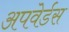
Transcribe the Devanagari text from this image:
अपवेर्डस